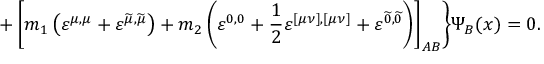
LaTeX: + \left[ m _ { 1 } \left( \varepsilon ^ { \mu , \mu } + \varepsilon ^ { \widetilde { \mu } , \widetilde { \mu } } \right) + m _ { 2 } \left( \varepsilon ^ { 0 , 0 } + \frac 1 2 \varepsilon ^ { [ \mu \nu ] , [ \mu \nu ] } + \varepsilon ^ { \widetilde { 0 } , \widetilde { 0 } } \right) \right] _ { A B } \biggr \} \Psi _ { B } ( x ) = 0 .